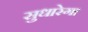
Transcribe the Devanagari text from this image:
सुधारेगा